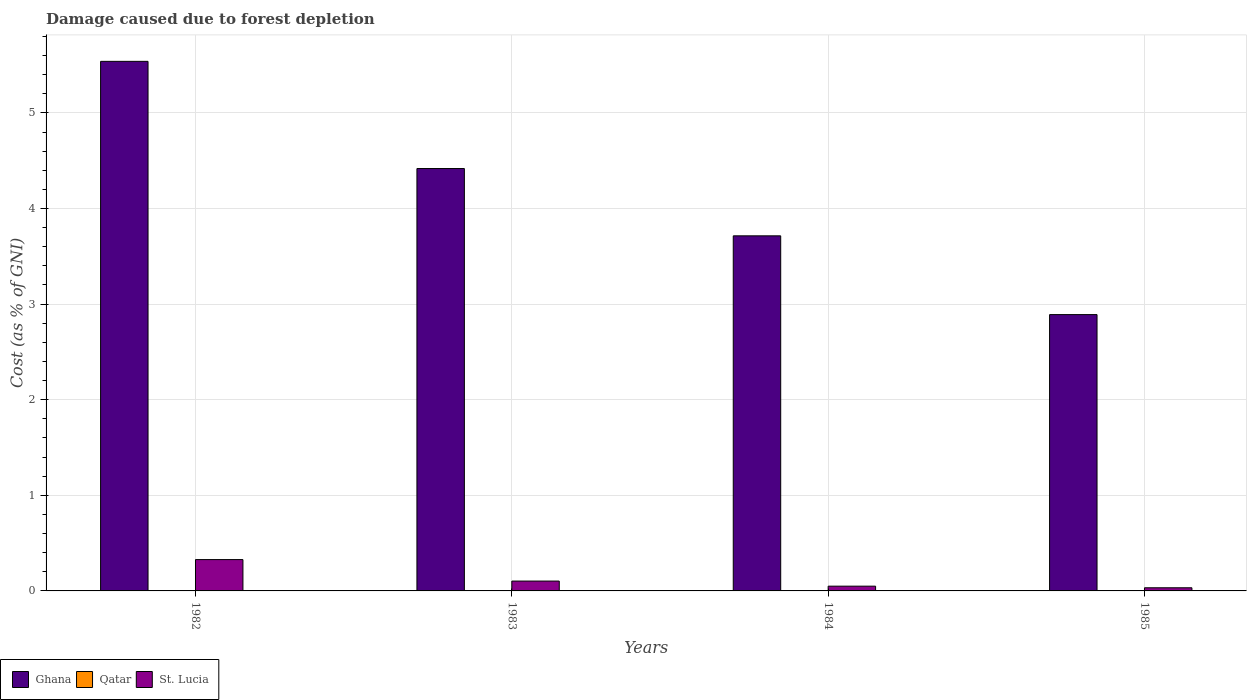
| Years | Ghana | Qatar | St. Lucia |
 | --- | --- | --- | --- |
 | 1982 | 5.54 | 0.000396 | 0.328 |
 | 1983 | 4.42 | 0.00046 | 0.103 |
 | 1984 | 3.71 | 0.00056 | 0.0498 |
 | 1985 | 2.89 | 0.000258 | 0.033 |